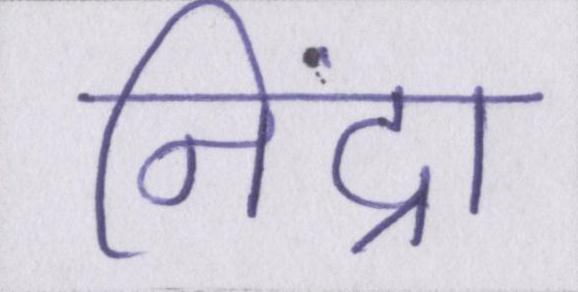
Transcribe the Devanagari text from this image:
निंद्रा